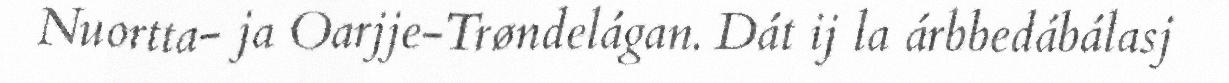
Nuortta- ja Oarjje-Trøndelágan. Dát ij la árbbedábálasj